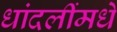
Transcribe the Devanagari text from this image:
धांदलींमधे